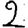
Digit: 2